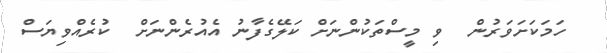
ހަމަކަށަވަރުން  ވި މީސްތަކުންނަށް ކަލޭގެފާނު އެއުރެންނަށް  ކުރެއްވިޔަސް